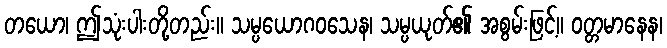
တယော၊ ဤသုံးပါးတို့တည်း။ သမ္ပယောဂဝသေန၊ သမ္ပယုတ်၏ အစွမ်းဖြင့်။ ဝတ္တမာနေန၊